system: You are a helpful assistant.
user:
Analyze the provided spectrum to determine if it is a **S-type Star**.

- **Key Indicators for S-type Star:**

    - **(Overall Spectrum Shape):** The first and most obvious characteristic is the overall continuum (the "baseline" shape). It is **extremely "red-sloping,"** meaning the flux (light intensity) is very low on the left side (blue, ~4000-4500 Å) and rises steeply and continuously toward the right side (red, ~7000 Å+).

    - **(Primary):** The spectrum is defined by the presence of strong, broad molecular absorption "valleys" (bands) from **Zirconium Oxide (ZrO)**. The identification of these bands is the **primary requirement** for classifying a star as S-type.
        - **(Key Bandheads):** You must find distinct, deep "dips" where the light has been absorbed. The most critical band systems to locate are:
            - **~6474 Å** ($\gamma$-system): This is often the strongest and clearest ZrO feature, found in the red part of the spectrum.
            - **~5718 Å** & **~5551 Å** ($\beta$-system): A pair of prominent absorption features in the yellow-orange part of the spectrum.
            - **~4640 Å** ($\alpha$-system): A key absorption band system in the blue-green region of the spectrum.

    - **(Secondary Confirmation):** The classification is strengthened by finding additional absorption bands from other related heavy element oxides, which are expected to be present alongside ZrO.
        - **(Key Bandheads):**
            - **Yttrium Oxide (YO):** Look for absorption dips near **~4800 Å** and **~6100 Å**.
            - **Lanthanum Oxide (LaO):** Additional absorption features, particularly in the red-orange part of the spectrum, are also characteristic.

    - **(Line Profile):** The combination of the steep red continuum and these numerous, deep molecular bands (ZrO, YO, etc.) gives the entire spectrum a very **"chopped-up"** or **"bumpy"** appearance. Instead of a smooth curve, the spectrum looks as though large, wide chunks of light have been "carved out" of it at the specific wavelengths listed above.

Think first, call **spectral_visualization_tool** if needed to examine features in detail, then provide your final answer. Your response must adhere to the following strict rules:
1.  **Overall Structure:** Your response must follow the format `<think>...</think> <tool_call>...</tool_call> (if a tool is used) <answer>...</answer>`.
2.  **Tool Usage Constraint:** You may only make **one** tool call per turn.
3.  **Final Answer Format:** In the `<answer>` tag, your conclusion must be inside a `\boxed{}` command (e.g., `\boxed{YES}` or `\boxed{NO}`), followed by your justification.

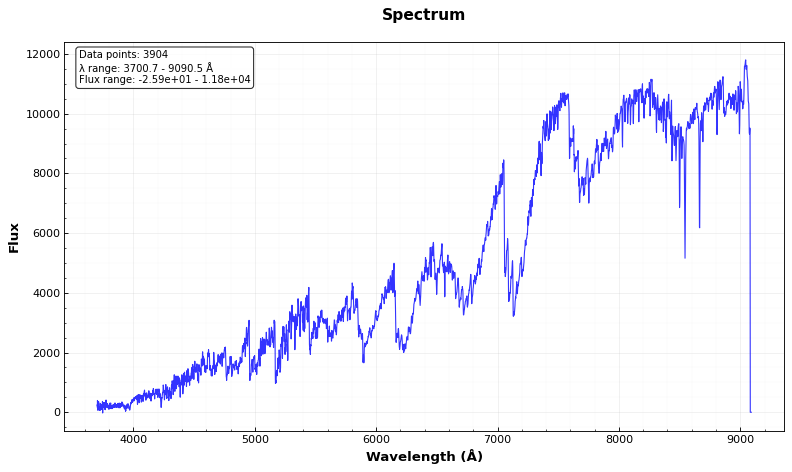
Answer: YES